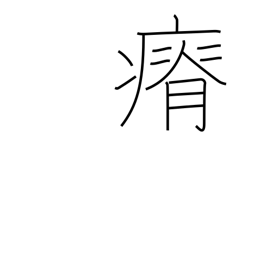
Meaning: lose weight